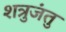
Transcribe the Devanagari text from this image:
शत्रुजंतु